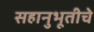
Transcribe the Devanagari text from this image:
सहानुभूतीचे